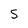
Character: S